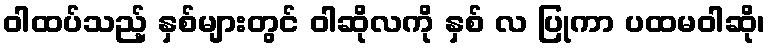
ဝါထပ်သည့် နှစ်များတွင် ဝါဆိုလကို နှစ် လ ပြုကာ ပထမဝါဆို၊